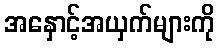
အနှောင့်အယှက်များကို